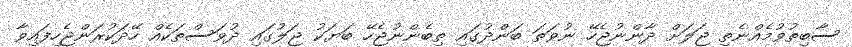
ސާބިތުވުމެއްނެތި ޖަލަށް ދާންނުޖެހޭ ނުވަތަ ބަންދުގައި ތިބެންނުޖެހޭ ބަޔަކު ޖަލުގައި ދުވަސްތަކެއް ހޭދަކުރަންޖެހިފައިވާ